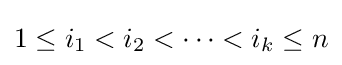
1\leq i_{1}<i_{2}<\cdots <i_{k}\leq n